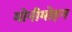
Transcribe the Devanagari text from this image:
मोनीमोहन